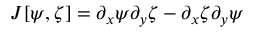
J [ \psi , \zeta ] = \partial _ { x } \psi \partial _ { y } \zeta - \partial _ { x } \zeta \partial _ { y } \psi